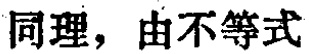
同理，由不等式